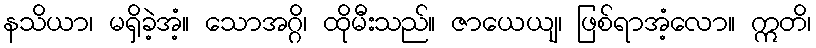
နသိယာ၊ မရှိခဲ့အံ့။ သောအဂ္ဂိ၊ ထိုမီးသည်။ ဇာယေယျ၊ ဖြစ်ရာအံ့လော။ ဣတိ၊